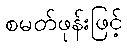
စမတ်ဖုန်းဖြင့်